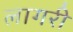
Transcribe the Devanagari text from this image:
लागरी